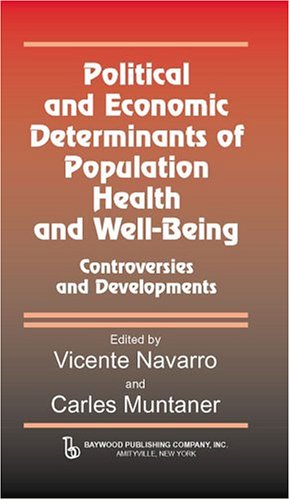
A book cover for Political and Economic Determinants of Population Health and Well-Being: Controversies and Developments (Policy, Politics, Health and Medicine Series); Medical Books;